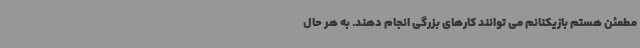
مطمئن هستم بازیکنانم می توانند کارهای بزرگی انجام دهند. به هر حال